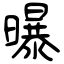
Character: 曝